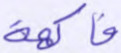
فاكهة